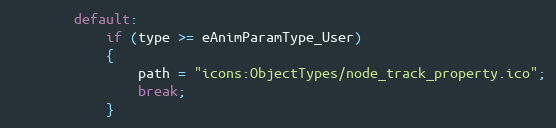
Language: C
		default:
			if (type >= eAnimParamType_User)
			{
				path = "icons:ObjectTypes/node_track_property.ico";
				break;
			}